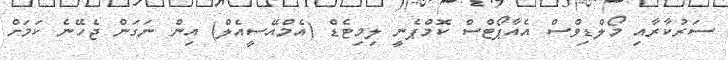
ސަރުކާރާއި މޯލްޑިވްސް އެއާޕޯޓްސް ކޮމްޕެނީ ލިމިޓެޑް (އެމްއޭސީއެލް) އިން ނަގަން ޖެހޭނެ ކަމަށް